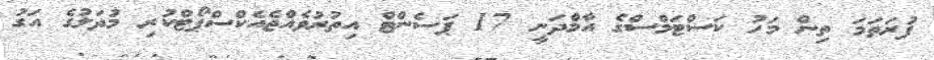
ފުރަތަމަ ތިން މަހު ކަސްޓަމްސްގެ އާމްދަނީ 17 ޕަސެންޓް އިތުރުވެއްޖެއެކްސްޕޯޓްކުރި މުދަލުގެ އަގު